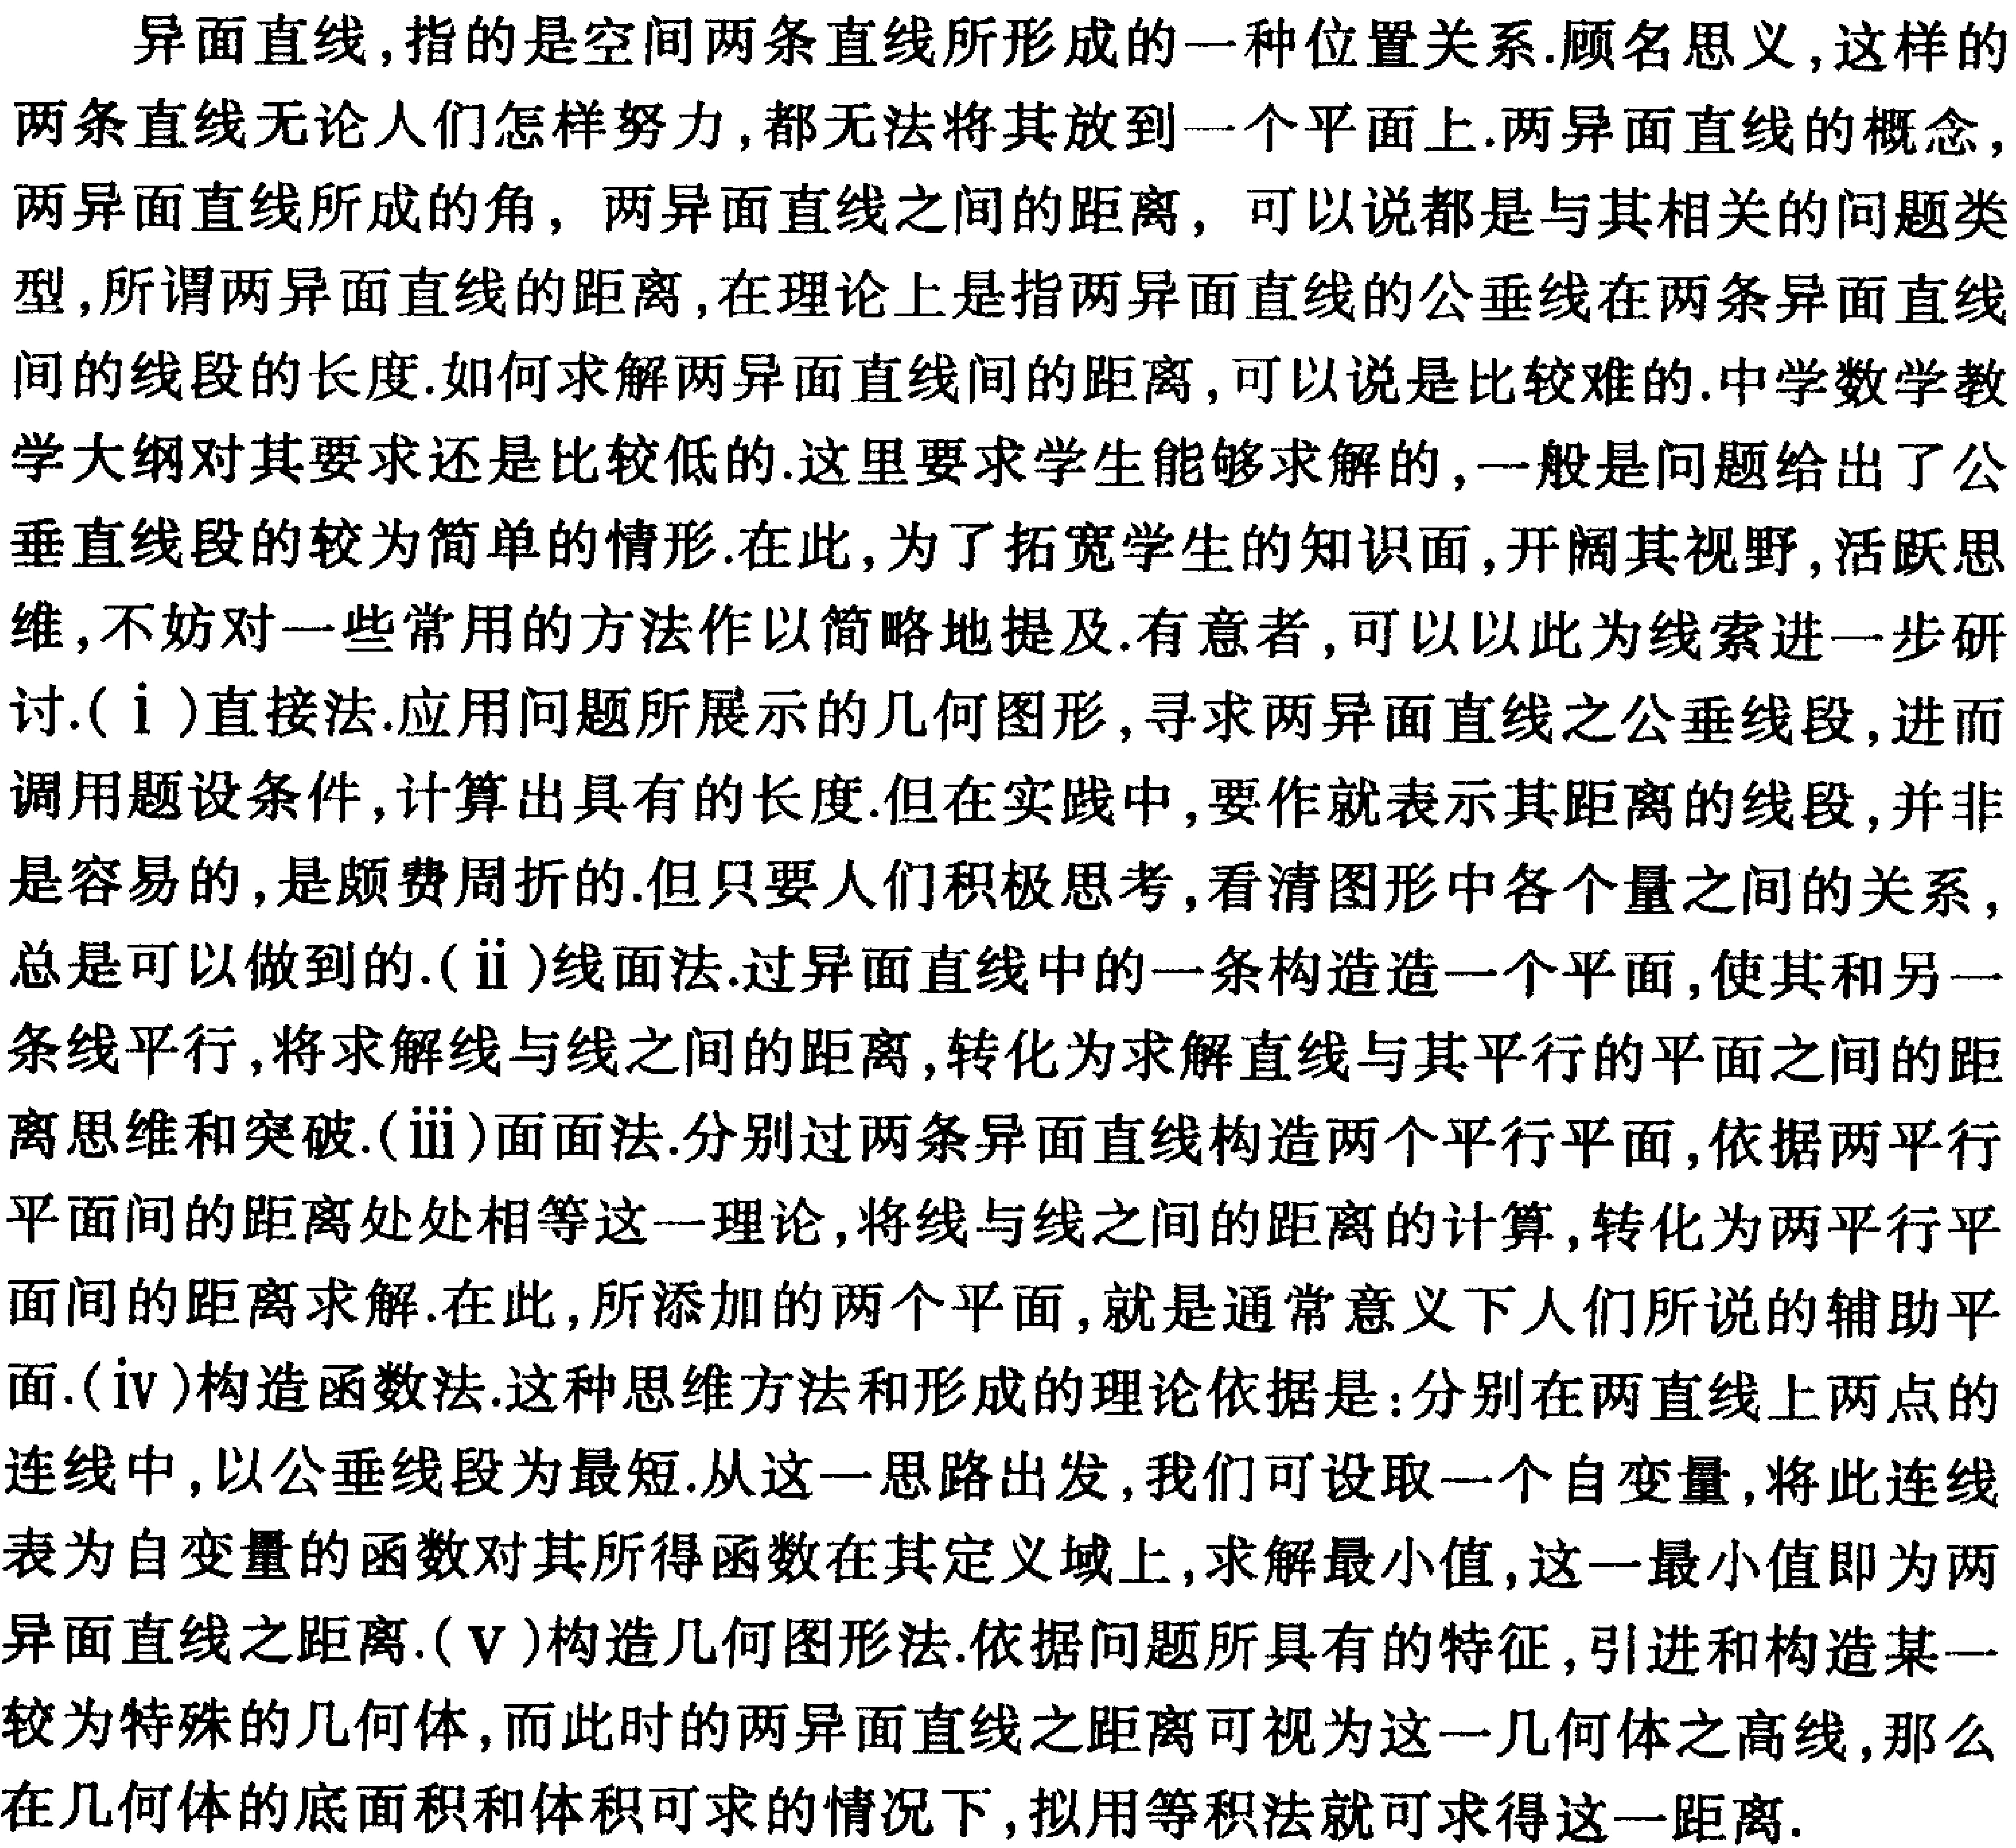
异面直线，指的是空间两条直线所形成的一种位置关系.顾名思义，这样的
两条直线无论人们怎样努力，都无法将其放到一个平面上.两异面直线的概念，
两异面直线所成的角，两异面直线之间的距离，可以说都是与其相关的问题类
型，所谓两异面直线的距离，在理论上是指两异面直线的公垂线在两条异面直线
间的线段的长度.如何求解两异面直线间的距离，可以说是比较难的.中学数学教
学大纲对其要求还是比较低的.这里要求学生能够求解的，一般是问题给出了公
垂直线段的较为简单的情形.在此，为了拓宽学生的知识面，开阔其视野，活跃思
维，不妨对一些常用的方法作以简略地提及.有意者，可以以此为线索进一步研
讨.（i ）直接法.应用题所展示的几何图形，寻求两异面直线之公垂线段，进而
调用题设条件，计算出具有的长度.但在实践中，要作就表示其距离的线段，并非
是容易的，是颇费周折的.但只要人们积极思考，看清图形中各个量之间的关系，
总是可以做到的.（ii ）线面法.过异面直线中的一条构造一个平面，使其和另一
条线平行，将求解线与线之间的距离，转化为求解直线与其平行的平面之间的距
离思维和突破.（iii ）面面法.分别过两条异面直线构造两个平行平面，依据两平行
平面间的距离处处相等这一理论，将线与线之间的距离的计算，转化为两平行平
面间的距离求解.在此，所添加的两个平面，就是通常意义下人们所说的辅助平
面.（iv ）构造函数法.这种思维方法和形成的理论依据是：分别在两直线上两点的
连线中，以公垂线段为最短.从这一思路出发，我们可设取一个自变量，将此连线
表为自变量的函数对其所得函数在其定义域上，求解最小值，这一最小值即为两
异面直线之距离.（v ）构造几何图形法.依据问题所具有的特征，引进和构造某一
较为特殊的几何体，而此时的两异面直线之距离可视为这一几何体之高线，那么
在几何体的底面积和体积可求的情况下，拟用等积法就可求得这一距离.